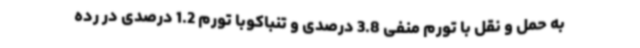
به حمل و نقل با تورم منفی 3.8 درصدی و تنباکوبا تورم 1.2 درصدی در رده